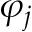
\varphi _ { j }